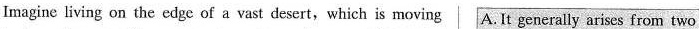
Imagine living on the edge of a vast desert,which is moving A. It generally arises from two